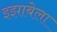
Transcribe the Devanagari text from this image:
इझाबेला